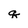
Character: q